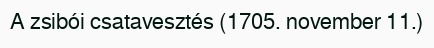
A zsibói csatavesztés (1705. november 11.)